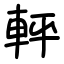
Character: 軯